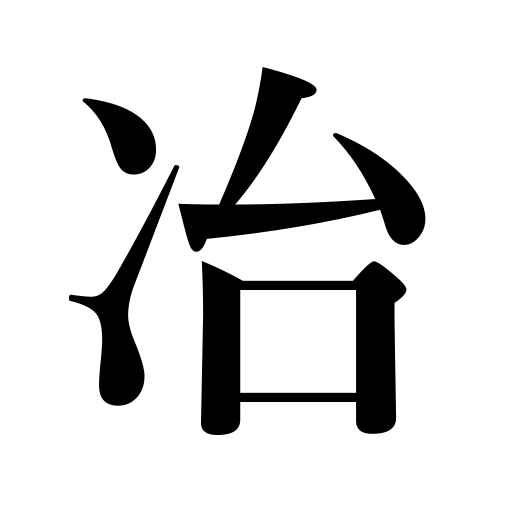
Meanings: melting